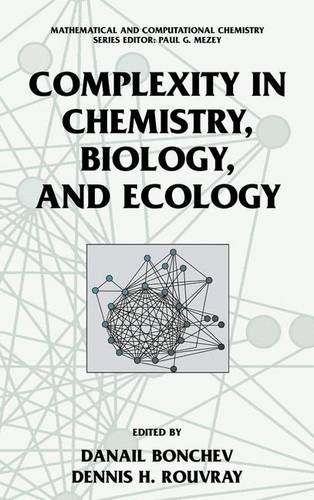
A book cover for Complexity in Chemistry, Biology, and Ecology (Mathematical and Computational Chemistry); Science & Math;